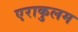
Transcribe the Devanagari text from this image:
एराकुलम